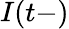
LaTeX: I(t-)